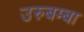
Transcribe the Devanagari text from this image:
उरुबम्बा